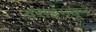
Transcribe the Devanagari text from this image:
वसईमधून